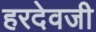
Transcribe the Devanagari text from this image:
हरदेवजी